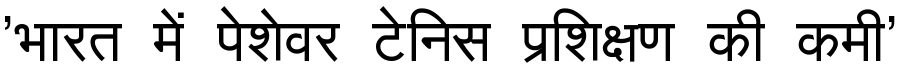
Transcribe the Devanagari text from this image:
'भारत में पेशेवर टेनिस प्रशिक्षण की कमी'